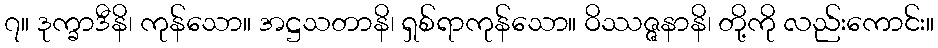
၇။ ဒုက္ခာဒီနိ၊ ကုန်သော။ အဋ္ဌသတာနိ၊ ရှစ်ရာကုန်သော။ ဝိဿဇ္ဇနာနိ၊ တို့ကို လည်းကောင်း။